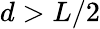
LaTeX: d>L/2